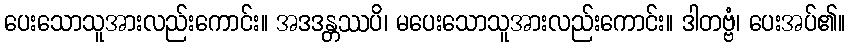
ပေးသောသူအားလည်းကောင်း။ အဒဒန္တဿပိ၊ မပေးသောသူအားလည်းကောင်း။ ဒါတဗ္ဗံ၊ ပေးအပ်၏။